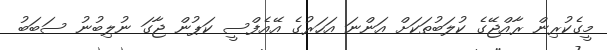
މީގެކުރިން ރާއްޖޭގެ ކުލަބުތަކަށް އަންނަ އަހަރުގެ އޭއެފްސީ ކަޕުން ޖާގަ ނުލިބުނު ސަބަބު